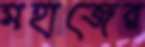
মহাজের